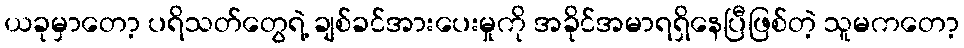
ယခုမှာတော့ ပရိသတ်တွေရဲ့ ချစ်ခင်အားပေးမှုကို အခိုင်အမာရရှိနေပြီဖြစ်တဲ့ သူမကတော့